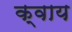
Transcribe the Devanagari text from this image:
क्वाय